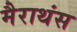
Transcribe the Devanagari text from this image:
मैराथंस